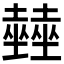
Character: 𡓨